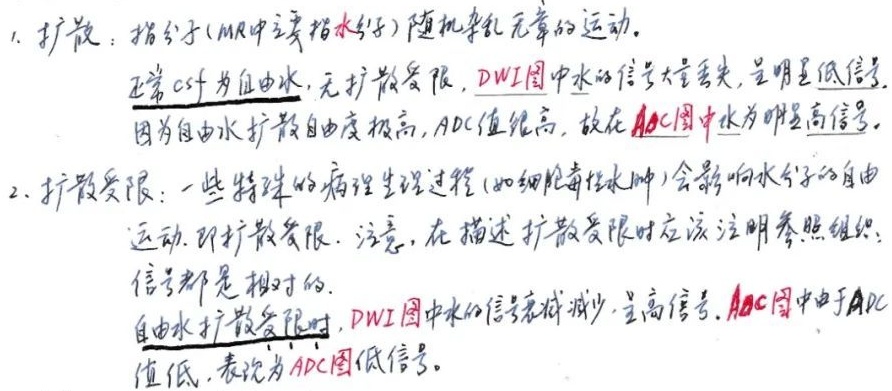
1. 扩散：指分子（MR中主要指水分子）随机杂乱无章的运动。正常CSF为自由水，无扩散受限，DWI图中水的信号大量丢失，呈明显低信号。因为自由水扩散自由度极高，ADC值很高，故在ADC图中水为明显高信号。
2. 扩散受限：一些特殊的病理生理过程（如细胞毒性水肿）会影响水分子的自由运动，即扩散受限。注意，在描述扩散受限时应该注明参照组织，信号都是相对的。自由水扩散受限时，DWI图中水的信号衰减减少，呈高信号。ADC图中由于ADC值低，表现为ADC图低信号。